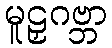
မူဠှဂဗ္ဘာ